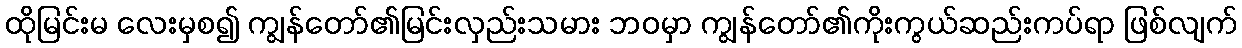
ထိုမြင်းမ လေးမှစ၍ ကျွန်တော်၏မြင်းလှည်းသမား ဘဝမှာ ကျွန်တော်၏ကိုးကွယ်ဆည်းကပ်ရာ ဖြစ်လျက်